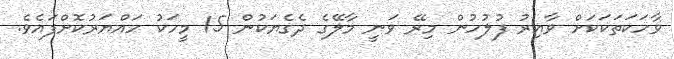
ވާހަކަތަކަކަށް ވާއިރު ފުލުހުން މިރޭ ވަނީ މާލޭގެ ދެގެޔަކުން 15 މީހަކު ހައްޔަރުކޮށްފައެވެ.